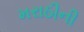
મરાઠીની